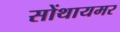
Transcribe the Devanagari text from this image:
सोंथायमर